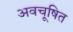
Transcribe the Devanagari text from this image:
अवचूषित